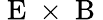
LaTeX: \mathrm{~E~}\times\mathrm{~B~}